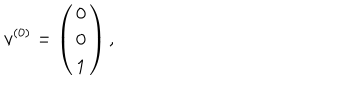
v ^ { ( 0 ) } = \left( \begin{array} { c c c } { { { \bf 0 } } } \\ { { { \bf 0 } } } \\ { { 1 } } \\ \end{array} \right) ,